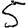
Digit: 5